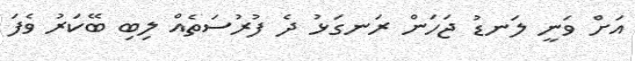
އަށް ވަނީ ލަނޑު ޖަހަން ރަނގަޅު ދެ ފުރުސަތެއް ލިބި ބޭކަރު ވެފަ